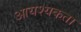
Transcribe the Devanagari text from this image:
आयश्यकता